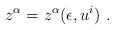
LaTeX: \begin{align*}z^\alpha =z^\alpha(\epsilon ,u ^i )\ . \end{align*}